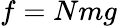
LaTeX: f=Nmg